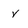
Character: V